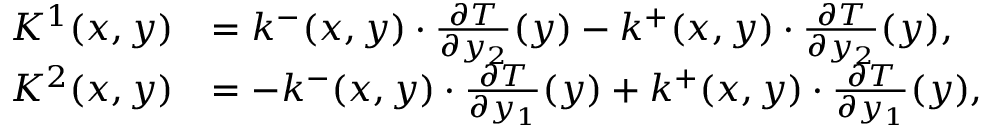
\begin{array} { r l } { K ^ { 1 } ( x , y ) } & { = k ^ { - } ( x , y ) \cdot \frac { \partial T } { \partial y _ { 2 } } ( y ) - k ^ { + } ( x , y ) \cdot \frac { \partial T } { \partial y _ { 2 } } ( y ) , } \\ { K ^ { 2 } ( x , y ) } & { = - k ^ { - } ( x , y ) \cdot \frac { \partial T } { \partial y _ { 1 } } ( y ) + k ^ { + } ( x , y ) \cdot \frac { \partial T } { \partial y _ { 1 } } ( y ) , } \end{array}